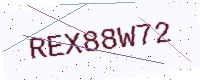
Text: REX88W72